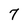
Character: 7